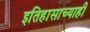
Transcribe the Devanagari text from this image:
इतिहासाच्याही